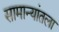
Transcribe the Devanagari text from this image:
सामान्यांतला